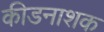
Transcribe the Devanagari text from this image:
कीडनाशक